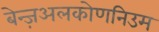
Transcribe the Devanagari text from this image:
बेन्ज़अलकोणनिउम